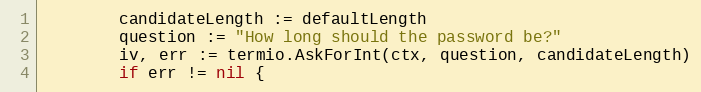
Language: Go
		candidateLength := defaultLength
		question := "How long should the password be?"
		iv, err := termio.AskForInt(ctx, question, candidateLength)
		if err != nil {